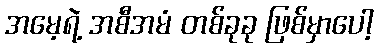
အမေ့ရဲ့ အစီအမံ တစ်ခုခု ဖြစ်မှာပေါ့